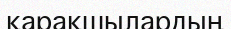
қарақшылардың